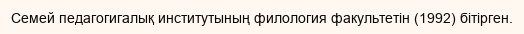
Семей педагогигалық институтының филология факультетін (1992) бітірген.